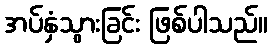
အပ်နှံသွားခြင်း ဖြစ်ပါသည်။